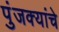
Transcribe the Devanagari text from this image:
पुंजक्यांचे